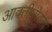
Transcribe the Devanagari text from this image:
आवतीभोवती